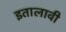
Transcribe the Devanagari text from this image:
इतालावी